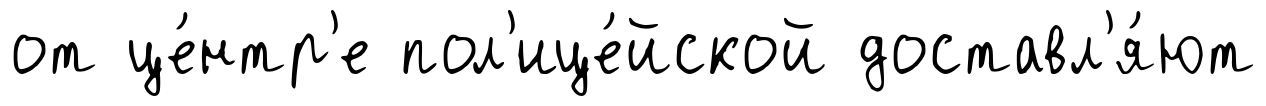
от це́нтр'е пол'ице́йской доставл'я́ют